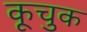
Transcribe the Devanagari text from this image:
कूचुक